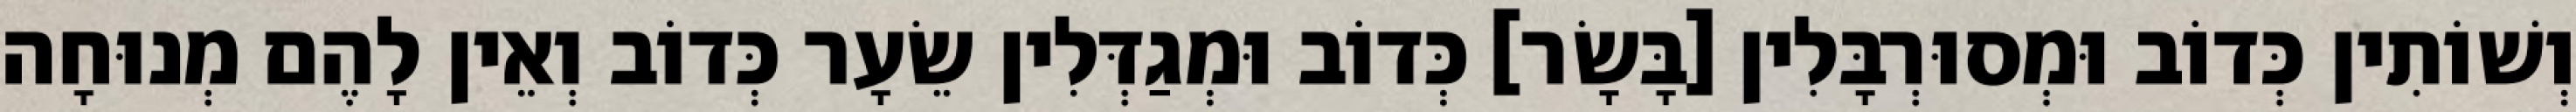
וְשׁוֹתִין כְּדוֹב וּמְסוּרְבָּלִין [בָּשָׂר] כְּדוֹב וּמְגַדְּלִין שֵׂעָר כְּדוֹב וְאֵין לָהֶם מְנוּחָה